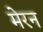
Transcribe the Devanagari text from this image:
मेरन